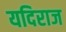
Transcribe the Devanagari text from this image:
यदिराज